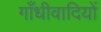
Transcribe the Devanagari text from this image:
गाँधीवादियों